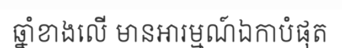
ឆ្នាំខាងលើ មានអារម្មណ៍ឯកាបំផុត